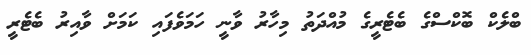
ބްލެކް ބޮކްސްގެ ބެޓެރީގެ މުއްދަތު މިހާރު ވާނީ ހަމަވެފައި ކަމަށް ވާއިރު ބެޓެރީ